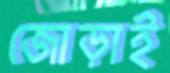
জোড়াই